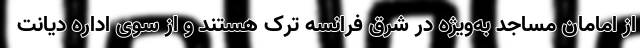
از امامان مساجد به‌ویژه در شرق فرانسه ترک هستند و از سوی اداره دیانت